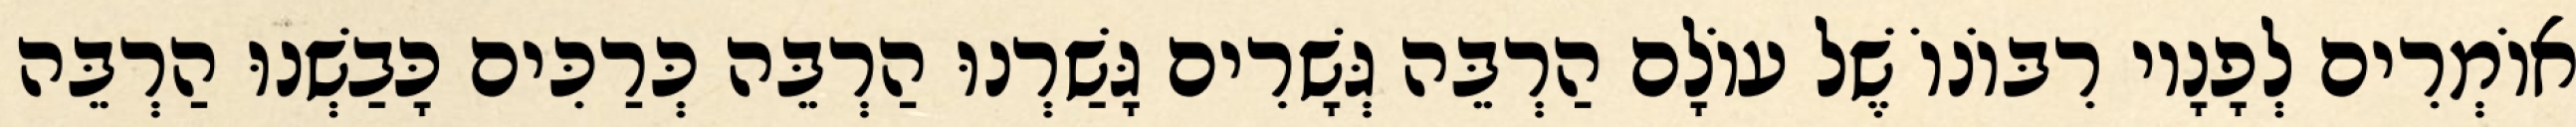
אוֹמְרִים לְפָנָיו רִבּוֹנוֹ שֶׁל עוֹלָם הַרְבֵּה גְּשָׁרִים גָּשַׁרְנוּ הַרְבֵּה כְּרַכִּים כָּבַשְׁנוּ הַרְבֵּה